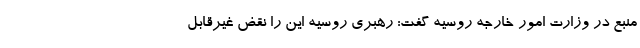
منبع در وزارت امور خارجه روسیه گفت: رهبری روسیه این را نقض غیرقابل